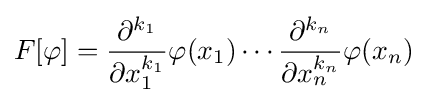
F[\varphi ]={\frac {\partial ^{k_{1}}}{\partial x_{1}^{k_{1}}}}\varphi (x_{1})\cdots {\frac {\partial ^{k_{n}}}{\partial x_{n}^{k_{n}}}}\varphi (x_{n})